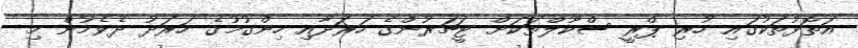
އަތޮޅުތަކުގައި ހުރި ޕްރީ ސްކޫލްތަކަށް ޓީޗަރުންގެ ހަރަދާއި ހިންގުމުގެ ހަރަދު ދެވެމުން މި